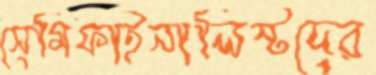
সেমিফাইনালিস্টদের